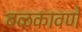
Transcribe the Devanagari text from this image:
बळकावणे